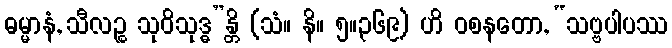
ဓမ္မာနံ, သီလဉ္စ သုဝိသုဒ္ဓ”န္တိ (သံ။ နိ။ ၅။၃၆၉) ဟိ ဝစနတော, “သဗ္ဗပါပဿ